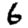
Digit: 6